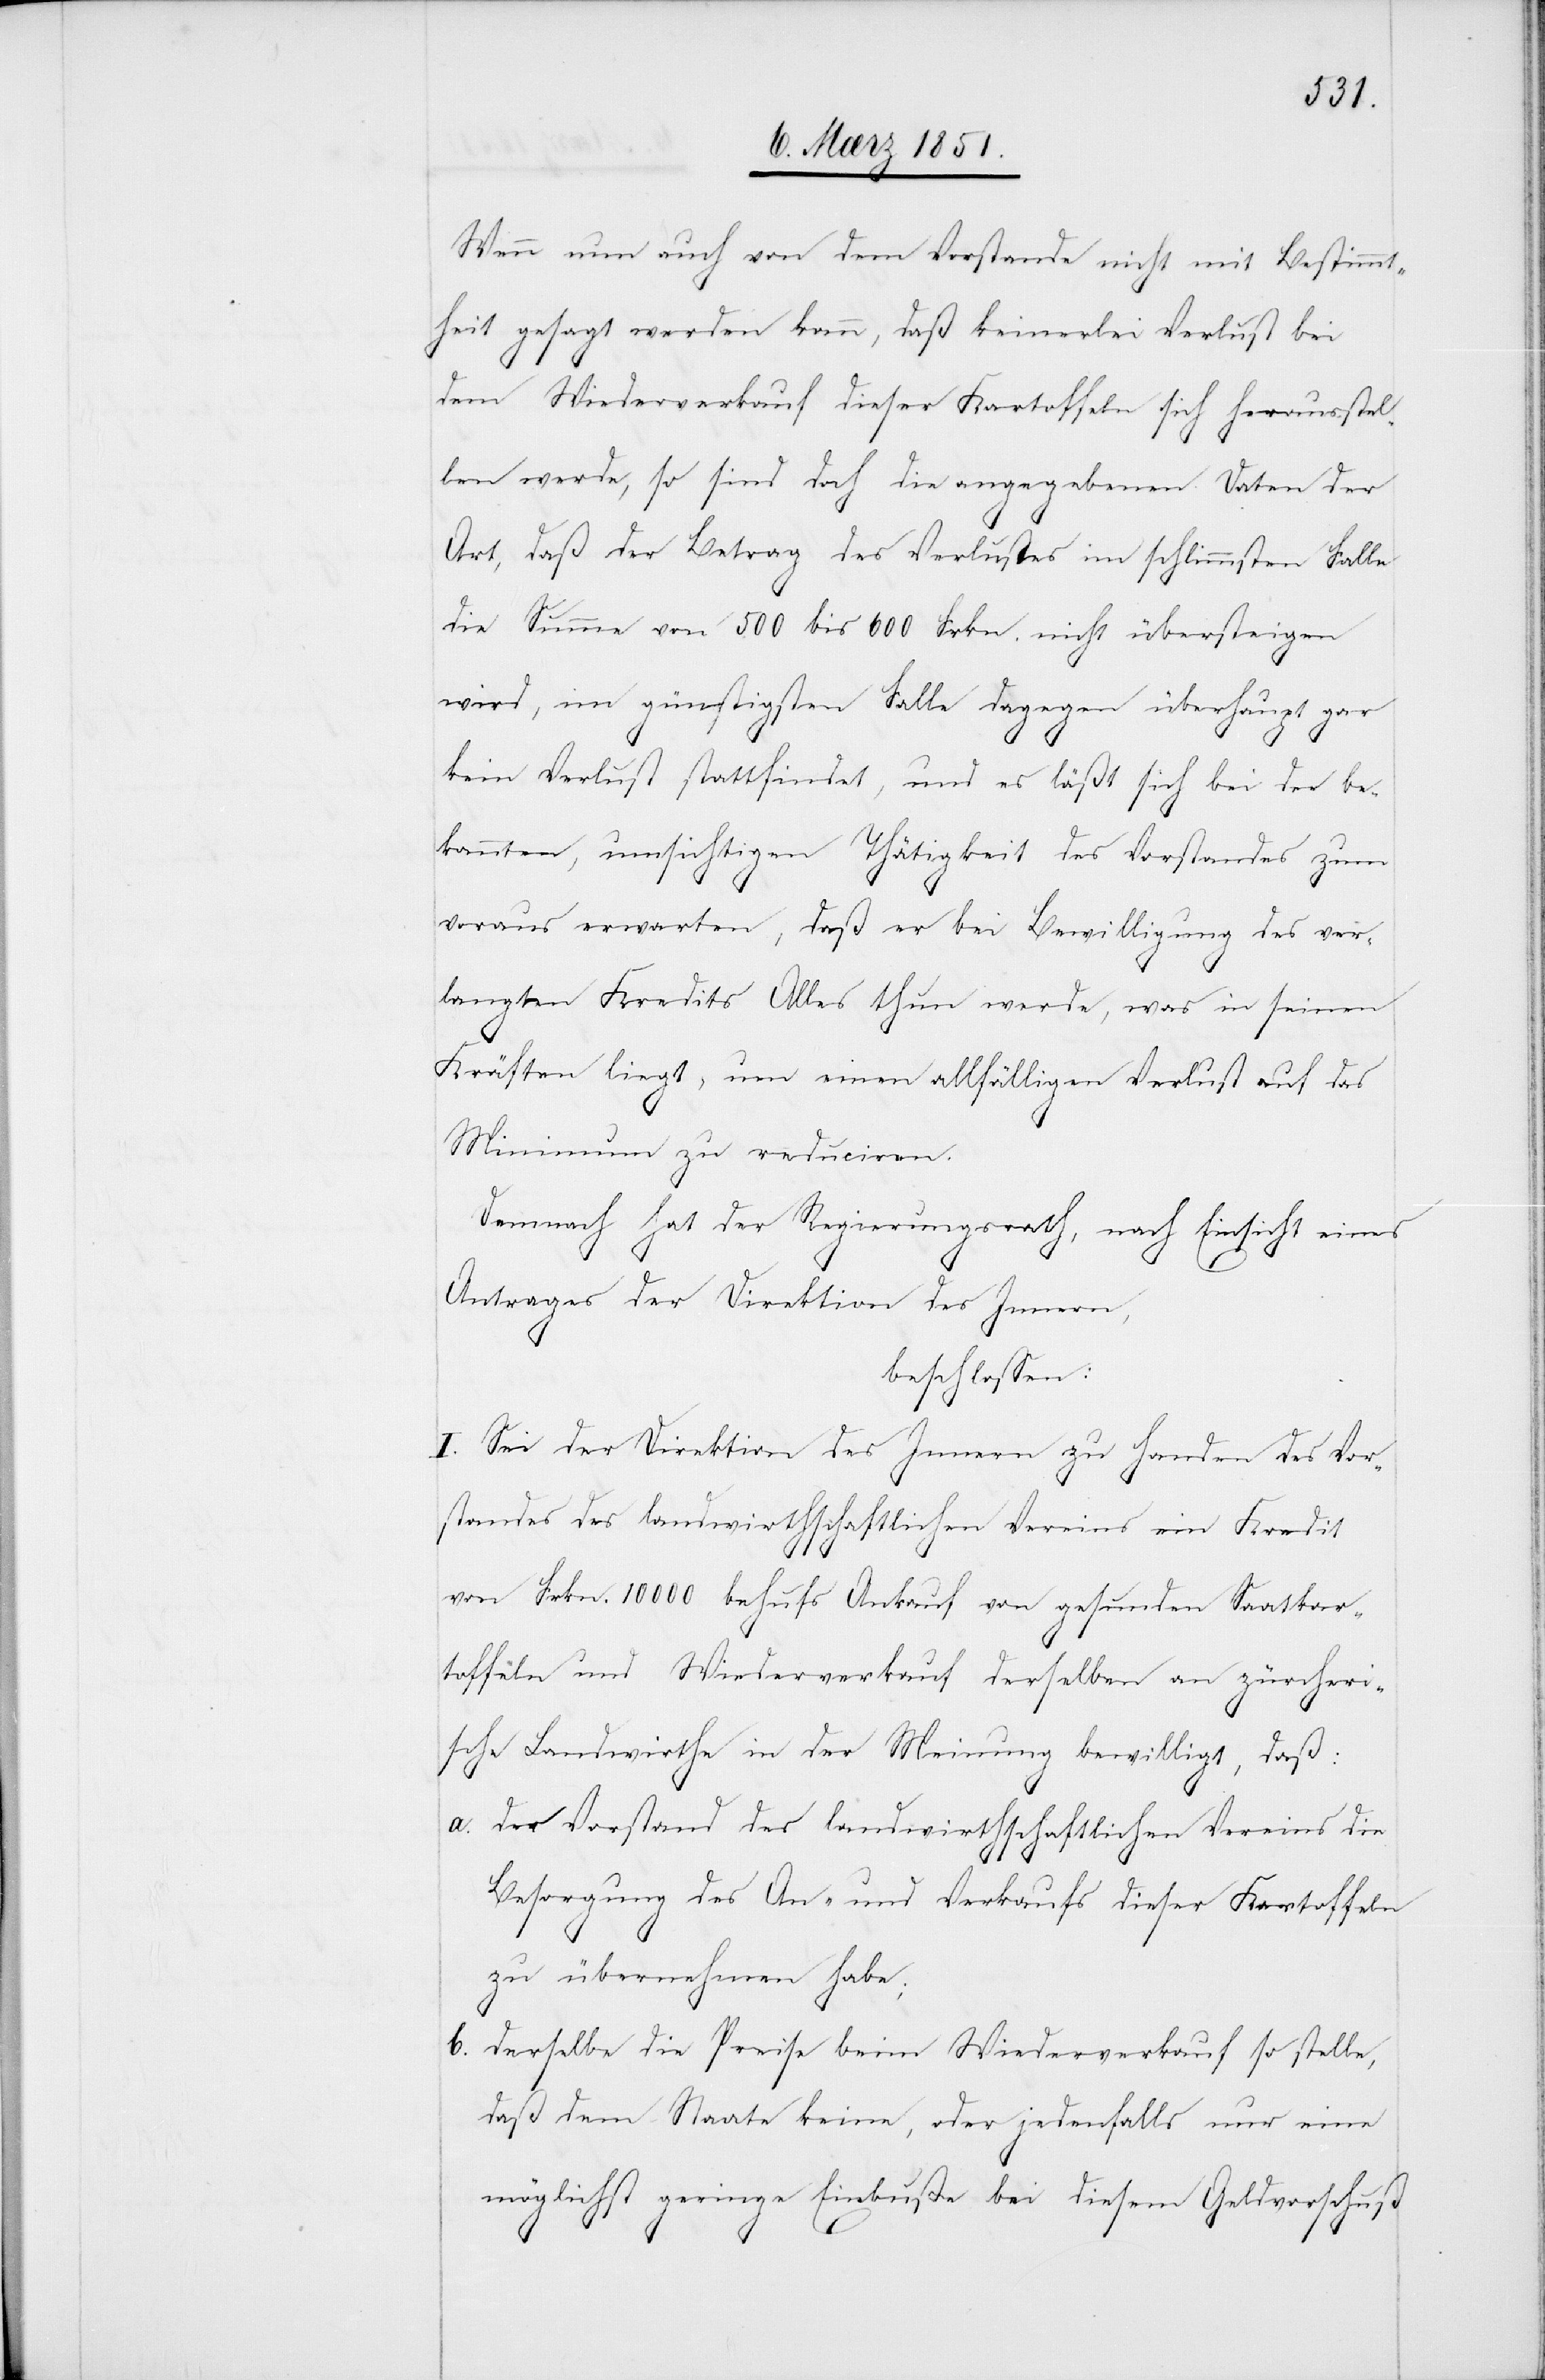
Wenn nun auch von dem Vorstande nicht mit Bestimmt¬
heit gesagt werden kann, daß keinerlei Verlust bei
dem Wiederverkauf dieser Kartoffeln sich herausstel¬
len werde, so sind doch die angegebenen Daten der
Art, daß der Betrag des Verlustes im schlimmsten Falle
die Summe von 500 bis 600 Frkn. nicht übersteigen
wird, im günstigsten Falle dagegen überhaupt gar
kein Verlust stattfindet, und es läßt sich bei der be¬
kannten, umsichtigen Thätigkeit des Vorstandes zum
b.
voraus erwarten, daß er bei Bewilligung des ver¬
langten Kredits Alles thun werde, was in seinen
Kräften liegt, um einen allfälligen Verlust auf das
Minimum zu reduciren.
Demnach hat der Regierungsrath, nach Einsicht eines
Antrages der Direktion des Innern,
beschlossen:
I. Sei der Direktion des Innern zu Handen des Vor¬
standes des landwirthschaftlichen Vereins ein Kredit
von Frkn. 10000 behufs Ankauf von gesunden Saatkar¬
toffeln und Wiederverkauf derselben an zürcheri¬
sche Landwirthe in der Meinung bewilligt, daß:
der Vorstand des landwirthschaftlichen Vereins die
Besorgung des An- und Verkaufs dieser Kartoffeln
zu übernehmen habe;
derselbe die Preise beim Wiederverkauf so stelle,
daß dem Staate keine, oder jedenfalls nur eine
möglichst geringe Einbuße bei diesem Geldvorschuß